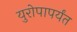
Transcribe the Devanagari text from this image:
युरोपापर्यंत